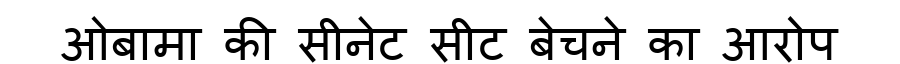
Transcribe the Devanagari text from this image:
ओबामा की सीनेट सीट बेचने का आरोप